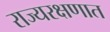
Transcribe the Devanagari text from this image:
राज्यरक्षणात